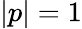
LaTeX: |p|=1